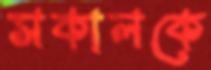
সকালকে